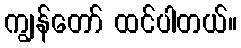
ကျွန်တော် ထင်ပါတယ်။